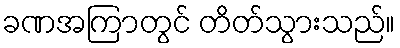
ခဏအကြာတွင် တိတ်သွားသည်။